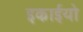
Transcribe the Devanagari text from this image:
इकाईयो